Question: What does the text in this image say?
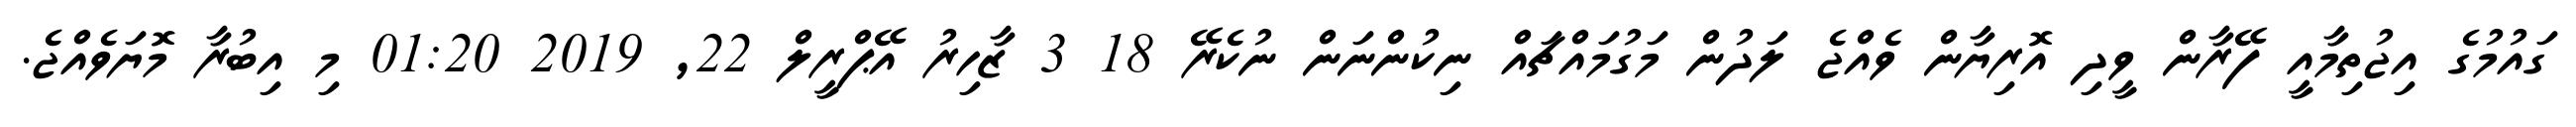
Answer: ގައުމުގެ އިޖުތިމާއީ ފޭރާން ވީދި އޮރިޔާން ވެއްޖެ ލަދުން މަގުމައްޗައް ނިކުންނަން ނުކެރޭ 18 3 ޒާހިރު އޭޕްރީލް 22, 2019 01:20 މި އިބުރާ މޮޔަވެއްޖެ.